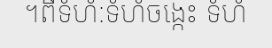
។ពីទំហំ:ទំហំចង្កេះ ទំហំ